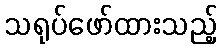
သရုပ်ဖော်ထားသည့်